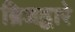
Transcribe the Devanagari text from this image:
ब्रिजद्वारे